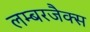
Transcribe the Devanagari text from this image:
लम्बरजैक्स